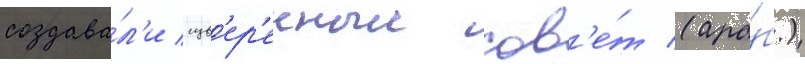
создава́л'и сув'ер'енныи сов'е́т (ара́б.)